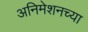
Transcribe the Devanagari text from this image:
अनिमेशनच्या